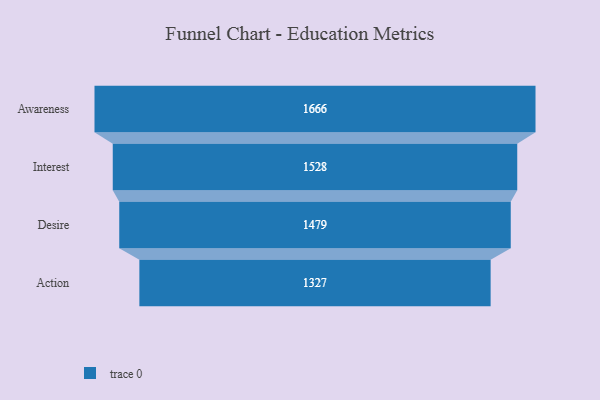
{"axis": {"x": "Stage", "y": "Value"}, "legend": [""], "data": [{"x": "Awareness", "y": 1666.0, "type": ""}, {"x": "Interest", "y": 1528.0, "type": ""}, {"x": "Desire", "y": 1479.0, "type": ""}, {"x": "Action", "y": 1327.0, "type": ""}]}